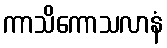
ကာသိကောသလာနံ